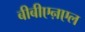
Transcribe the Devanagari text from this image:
बीबीएऩएल